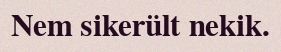
Nem sikerült nekik.